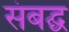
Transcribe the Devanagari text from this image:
संबद्घ